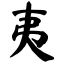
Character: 夷